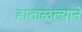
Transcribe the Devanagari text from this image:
हाताळल्याने